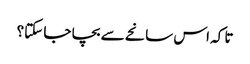
تا کہ اس سانحے سے بچا جا سکتا؟